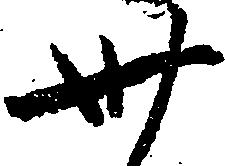
卅